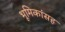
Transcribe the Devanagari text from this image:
भूमिकांसह